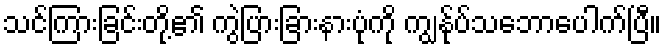
သင်ကြားခြင်းတို့၏ ကွဲပြားခြားနားပုံကို ကျွန်ုပ်သဘောပေါက်ပြီ။